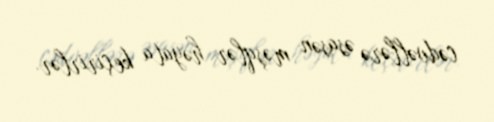
cədvəllərə əsasən məşqlər həyata keçirirlər.